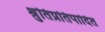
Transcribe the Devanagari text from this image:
श्रुतिप्रतिपादित